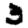
Digit: 3